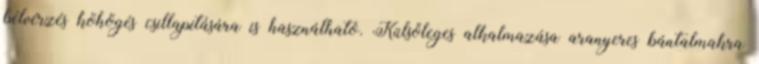
bélvérzés köhögés csillapítására is használható. Külsőleges alkalmazása aranyeres bántalmakra